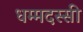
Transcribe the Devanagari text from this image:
धम्मदस्सी